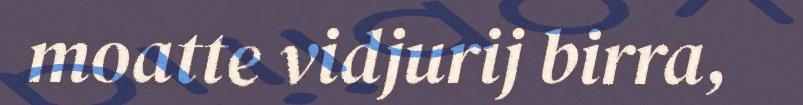
moatte vidjurij birra,